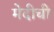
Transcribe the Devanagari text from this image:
मेदीची